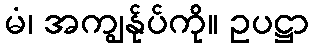
မံ၊ အကျွန်ုပ်ကို။ ဥပဋ္ဌာ